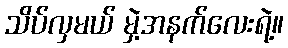
သိပ်လှမယ် မှဲ့အနက်လေးရဲ့။